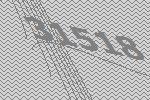
31518